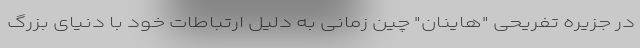
در جزیره تفریحی "هاینان" چین زمانی به دلیل ارتباطات خود با دنیای بزرگ